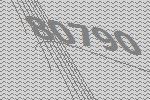
80790